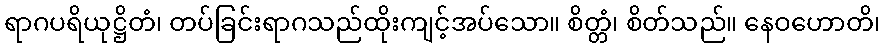
ရာဂပရိယုဋ္ဌိတံ၊ တပ်ခြင်းရာဂသည်ထိုးကျင့်အပ်သော။ စိတ္တံ၊ စိတ်သည်။ နေဝဟောတိ၊